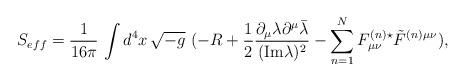
LaTeX: \begin{align*}S_{eff} = {1\over 16\pi}\,\int d^4 x\, \sqrt{-g}\,\, (- R + {1\over 2} {\partial_\mu \lambda \partial^\mu \bar{\lambda} \over ({\rm Im}\lambda)^2} - \sum_{n=1}^{N}{F^{(n)}_{\mu\nu} {}^\star \tilde{F}^{(n)}{}^{\mu\nu}}),\end{align*}